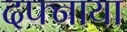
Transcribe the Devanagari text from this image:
दफ्नाया